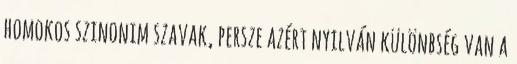
homokos szinonim szavak, persze azért nyilván különbség van a